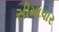
સીમાપાર